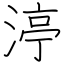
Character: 渟